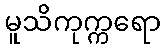
မူသိကုက္ကရော